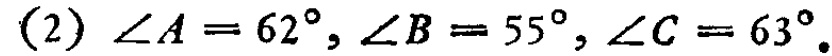
(2) \(\angle A = 62^{\circ}, \angle B = 55^{\circ}, \angle C = 63^{\circ}\).